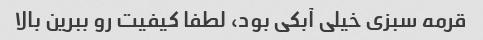
قرمه سبزی خیلی آبکی بود، لطفا کیفیت رو ببرین بالا